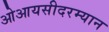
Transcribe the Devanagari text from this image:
ओआयसीदरम्यान